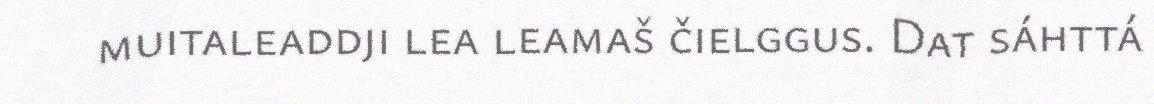
muitaleaddji lea leamaš čielggus. Dat sáhttá